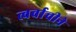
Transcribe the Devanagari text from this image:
त्वर्वाचीने